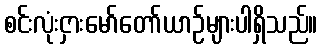
စင်းလုံးငှားမော်တော်ယာဉ်များပါရှိသည်။